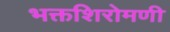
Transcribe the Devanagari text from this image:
भक्तशिरोमणी